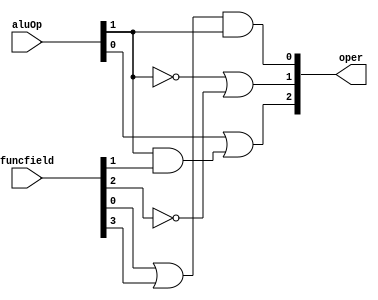
module aluCU( oper, aluOp, funcfield );
    
    input [1:0] aluOp;
    input [3:0] funcfield;
    output [2:0] oper;

    assign oper[0] = (funcfield[0] | funcfield[3]) & aluOp[1];
    assign oper[1] = ((~aluOp[1]) | (~funcfield[2]));
    assign oper[2] = (aluOp[0] | ( aluOp[1] & funcfield[1] ));

endmodule

module tb_aluCU();

    reg [1:0] aluOp;
    reg [3:0] funcField;
    wire [2:0] oper;

    initial 
        $monitor("oper = %b ", oper, "aluOp = %b ",aluOp, "funcField = %b ", funcField);

    aluCU acu(oper, aluOp, funcField);

    initial begin
             aluOp = 2'b00;
             funcField = 4'b0000;
        #100 aluOp = 2'b01;
        #200 aluOp = 2'b10;
        #300 funcField = 4'b0000;
        #400 funcField = 4'b0010;
        #500 funcField = 4'b0100;
        #600 funcField = 4'b0101;
        #700 funcField = 4'b1010;
    end

endmodule